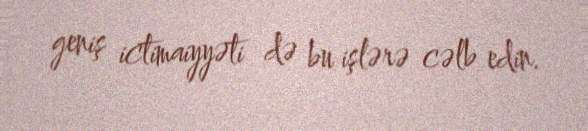
geniş ictimaiyyəti də bu işlərə cəlb edin.